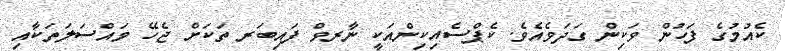
ކެއުމުގެ ފަހުން ވަކިން ގަދަވެއެވެ. ކެޕްސެއިކިންއަކީ ނާރވް ފައިބަރ ތަކަށް ޖެހޭ މައްސަލަތަކާއި